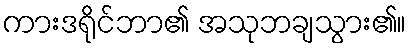
ကားဒရိုင်ဘာ၏ အသုဘချသွား၏။